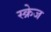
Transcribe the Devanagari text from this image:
स्क्रेज